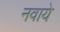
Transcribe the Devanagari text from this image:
नवाये